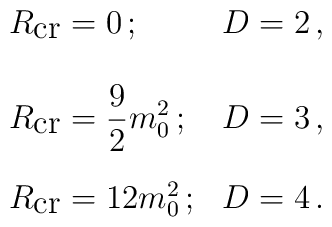
\begin{array}{ll}     R_{\mbox{cr}}=0\, ; & D=2\, ,\\[5mm]     \displaystyle R_{\mbox{cr}}=\frac{9}{2}m_{0}^{2}\, ; & D=3\, ,\\[5mm]     R_{\mbox{cr}}=12 m_{0}^{2}\, ; & D=4\, .\end{array}